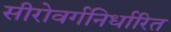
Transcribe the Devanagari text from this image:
सीरोवर्गनिर्धारित